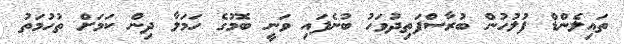
ތައިލެންޑް ފުލުހުން ބުރާސްފަތިދުވަހު ބުނެފައި ވަނީ ބޮމުގެ ހަމަލާ ދިން ކަމަށް ތުހުމަތު